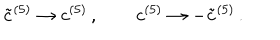
LaTeX: { \tilde { c } } ^ { ( 5 ) } \rightarrow c ^ { ( 5 ) } \, , \qquad c ^ { ( 5 ) } \rightarrow - { \tilde { c } } ^ { ( 5 ) } \, . \,